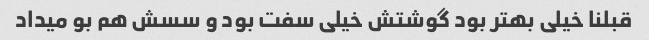
قبلنا خیلی بهتر بود گوشتش خیلی سفت بود و سسش هم بو میداد